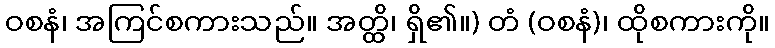
ဝစနံ၊ အကြင်စကားသည်။ အတ္ထိ၊ ရှိ၏။) တံ (ဝစနံ)၊ ထိုစကားကို။